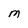
Character: M